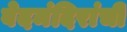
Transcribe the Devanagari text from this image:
वेदमंदिरांची